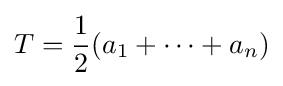
T={\frac {1}{2}}(a_{1}+\dots +a_{n})